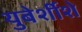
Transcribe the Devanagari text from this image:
युबेर्शीशे